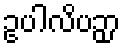
ဥပါလိပဉှာ